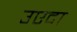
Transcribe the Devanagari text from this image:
उएदा